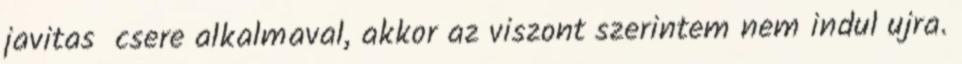
javitas csere alkalmaval, akkor az viszont szerintem nem indul ujra.